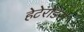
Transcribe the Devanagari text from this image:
हेटेरोडेरा